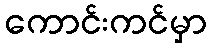
ကောင်းကင်မှာ